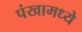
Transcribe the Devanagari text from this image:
पंखामध्ये